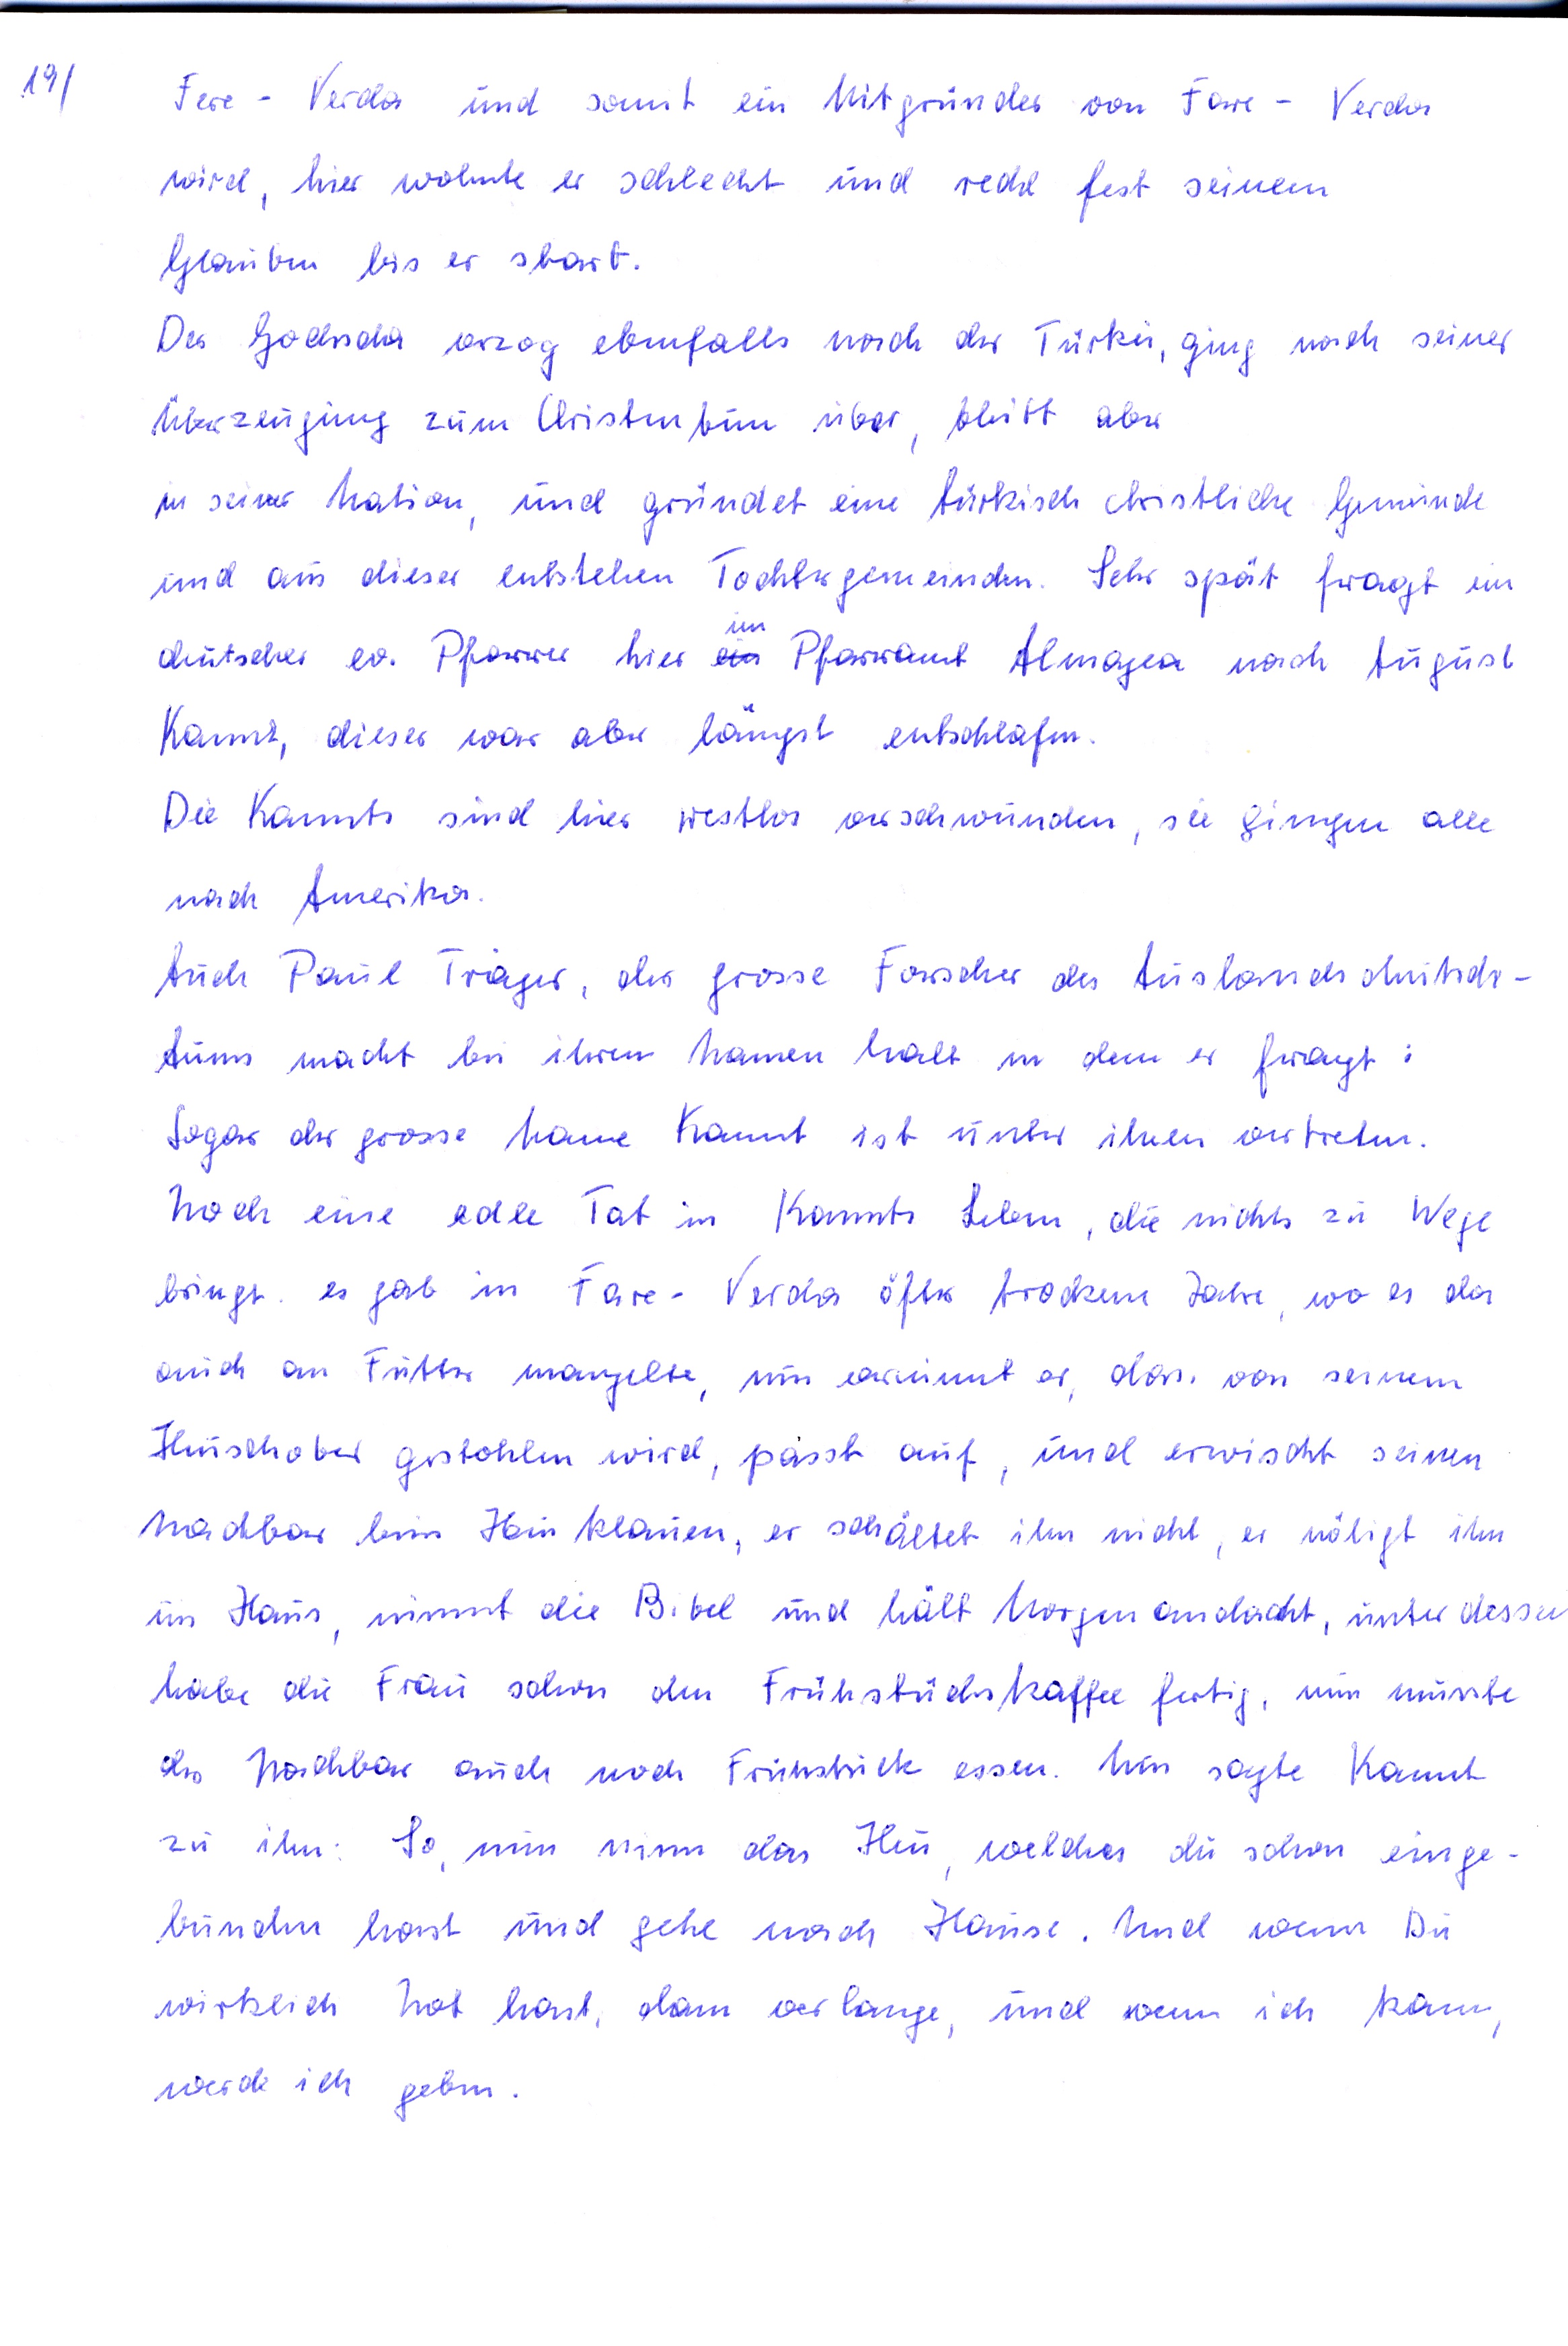
19/

Tare Verda
und somit ein Mitbegründer von Tare - Verda
wird , hier wohnte er schlecht und recht fest seinem
Glauben bis er starb.
Der Godscha verzog ebenfalls nach der Türkei, ging nach seiner
Überzeugung zum Christentum über, bleibt aber
in seiner Nation, und gründete eine türkisch christliche Gemeinde
und aus dieser entstehen Tochtergemeinden. Sehr spät fragt ein
im
deutscher ev. Pfarrer hier ein Pfarramt Atmadscha nach August
Kannt, dieser war aber längst entschlafen.
Die Kannts sind hier sind restlos verschwunden , sie gingen alle
nach Amerika.
Auch Paul Traeger, der grosse Forscher des Auslandsdeutsch-
tums macht bei ihren Namen halt in dem er fragt :
Sogar der grosse Name Kannt ist unter ihnen vertreten.
Noch eine edle Tat in Kannts Leben, die nichts zu Wege
bringt  es gab in Tare Verda öfter trockene Jahre , wo es da
auch an Futter mangelte, nun vernimmt er , das von seinem
Heuschober gestohlen wird , passt auf, und erwischt seinen
Nachbar beim Heuklauen, er schältet ihn nicht, er nötigt ihn
ins Haus, nimmt die Bibel und hält Morgenandacht, unterdesen
habe die Frau schon den Frühstückskaffee fertig, nun musste
der Nachbar auch noch Frühstück essen. Nun sagte Kannt
zu ihm : So, nun nimm das Heu, welches du schon einge-
bunden hast und gehe nach Hause. Und wenn Du
wirklich Not hast, dann verlange, und wenn ich kann,
werde ich geben .